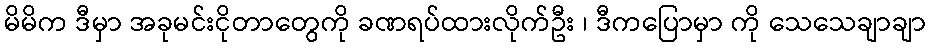
မိမိက ဒီမှာ အခုမင်းငိုတာတွေကို ခဏရပ်ထားလိုက်ဦး ၊ ဒီကပြောမှာ ကို သေသေချာချာ